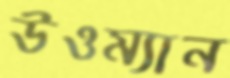
উওম্যান